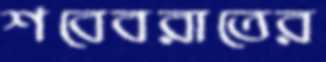
শবেবরাতের